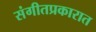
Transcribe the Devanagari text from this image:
संगीतप्रकारात